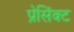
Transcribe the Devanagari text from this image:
प्रेसिंक्ट